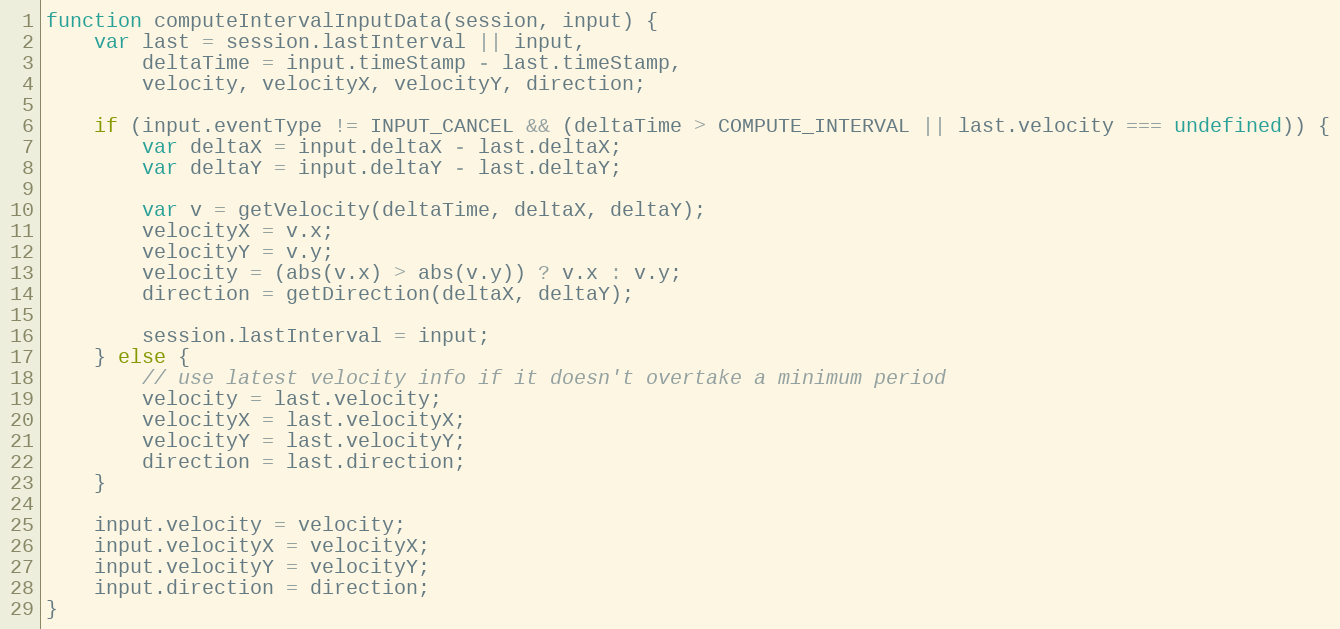
Language: JavaScript
function computeIntervalInputData(session, input) {
    var last = session.lastInterval || input,
        deltaTime = input.timeStamp - last.timeStamp,
        velocity, velocityX, velocityY, direction;

    if (input.eventType != INPUT_CANCEL && (deltaTime > COMPUTE_INTERVAL || last.velocity === undefined)) {
        var deltaX = input.deltaX - last.deltaX;
        var deltaY = input.deltaY - last.deltaY;

        var v = getVelocity(deltaTime, deltaX, deltaY);
        velocityX = v.x;
        velocityY = v.y;
        velocity = (abs(v.x) > abs(v.y)) ? v.x : v.y;
        direction = getDirection(deltaX, deltaY);

        session.lastInterval = input;
    } else {
        // use latest velocity info if it doesn't overtake a minimum period
        velocity = last.velocity;
        velocityX = last.velocityX;
        velocityY = last.velocityY;
        direction = last.direction;
    }

    input.velocity = velocity;
    input.velocityX = velocityX;
    input.velocityY = velocityY;
    input.direction = direction;
}